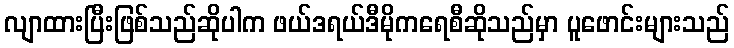
လျာထားပြီးဖြစ်သည်ဆိုပါက ဖယ်ဒရယ်ဒီမိုကရေစီဆိုသည်မှာ ပူဖောင်းများသည်